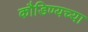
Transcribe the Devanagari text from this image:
कौडिण्यच्या